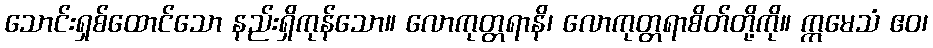
သောင်းရှစ်ထောင်သော နည်းရှိကုန်သော။ လောကုတ္တရာနိ၊ လောကုတ္တရာစိတ်တို့ကို။ ဣမေသံ ဧဝ၊